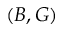
( B , G )